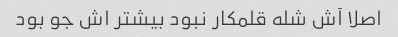
اصلا آش شله قلمکار نبود بیشتر اش جو بود